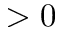
> 0